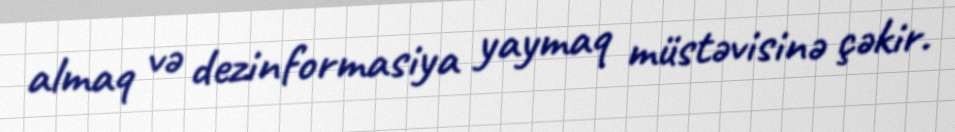
almaq və dezinformasiya yaymaq müstəvisinə çəkir.